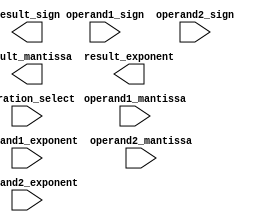
module FloatingPointUnit (
    input [31:0] operand1_mantissa,
    input [7:0] operand1_exponent,
    input operand1_sign,
    input [31:0] operand2_mantissa,
    input [7:0] operand2_exponent,
    input operand2_sign,
    
    input operation_select, //0 for addition, 1 for subtraction, 2 for multiplication, 3 for division
    
    output [31:0] result_mantissa,
    output [7:0] result_exponent,
    output result_sign
);

//Addition component
always @*
begin
    if(operation_select == 0)
    begin
        //Perform addition
        //Code goes here
    end
end

//Subtraction component
always @*
begin
    if(operation_select == 1)
    begin
        //Perform subtraction
        //Code goes here
    end
end

//Multiplication component
always @*
begin
    if(operation_select == 2)
    begin
        //Perform multiplication
        //Code goes here
    end
end

//Division component 
always @*
begin
    if(operation_select == 3)
    begin
        //Perform division
        //Code goes here
    end
end

//Rounding and normalization mechanism
//Code goes here

//Overflow and underflow detection logic
//Code goes here

endmodule